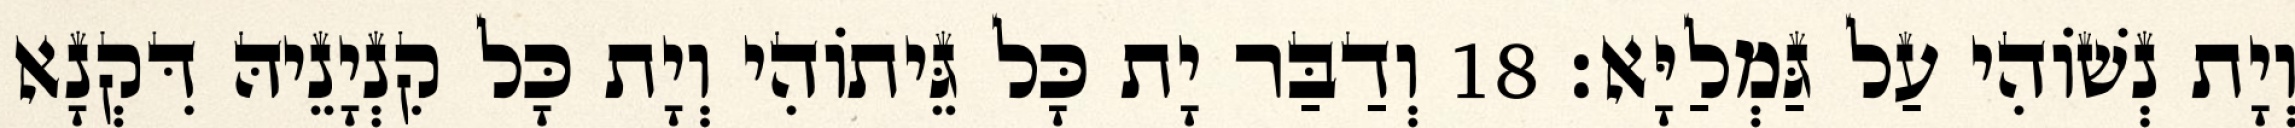
וְיָת נְשׁוֹהִי עַל גַּמְלַיָּא׃ 18 וְדַבַּר יָת כָּל גֵּיתוֹהִי וְיָת כָּל קִנְיָנֵיהּ דִּקְנָא